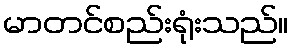
မာတင်စည်းရုံးသည်။